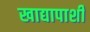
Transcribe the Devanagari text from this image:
खाद्यापाशी